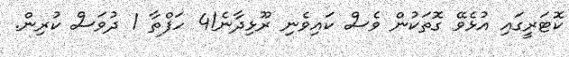
ކޮޓަރީގައި އުޅެވޭ ގޮތަކުން ވެސް ކައިވެނި ރޫޅިދާނެ!4 ހަފްތާ 1 ދުވަސް ކުރިން.